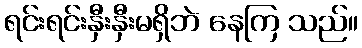
ရင်းရင်းနှီးနှီးမရှိဘဲ နေကြ သည်။